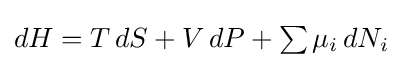
{\textstyle dH=T\,dS+V\,dP+\sum \mu _{i}\,dN_{i}}